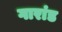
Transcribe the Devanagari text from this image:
गारांड